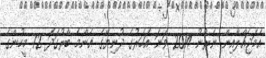
އެމަޖައްލާއިން ނެރުނު 2014 ވަނަ އަހަރުގެ ދުނިޔޭގެ އެންމެ ބާރުގަދަ 72 މީހުންގެ